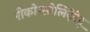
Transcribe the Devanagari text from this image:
रीकोन्सोलिदेटेद्